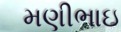
મણીભાઇ